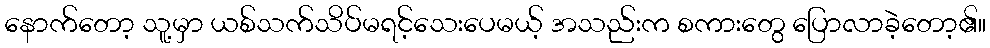
နောက်တော့ သူ့မှာ ယစ်သက်သိပ်မရင့်သေးပေမယ့် အသည်းက စကားတွေ ပြောလာခဲ့တော့၏။